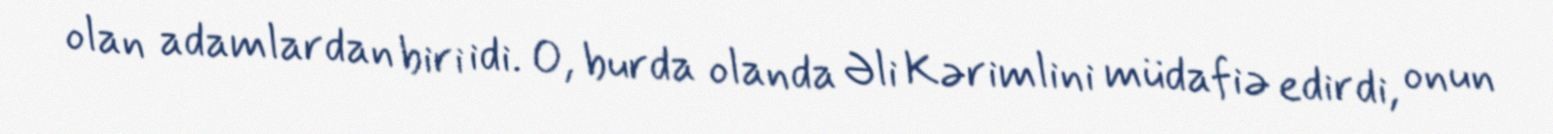
olan adamlardan biri idi. O, burda olanda Əli Kərimlini müdafiə edirdi, onun